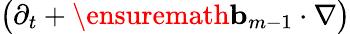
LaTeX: \bigl(\partial_{t}+\ensuremath{\mathbf{b}}_{m-1}\cdot\nabla\bigr)